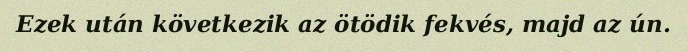
Ezek után következik az ötödik fekvés, majd az ún.